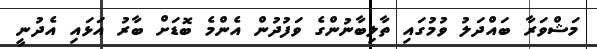
މަޝްވަރާ ބައްދަލު ވުމުގައި ތާލިބާނުންގެ ވަފުދުން އެންމެ ބޮޑަށް ބާރު އަޅައި އެދުނީ